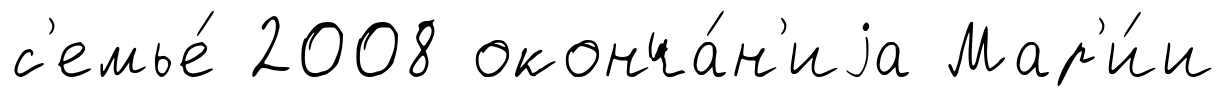
с'емье́ 2008 оконча́н'иjа Мар'и́и